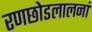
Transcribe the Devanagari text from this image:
रणछोडलालनां